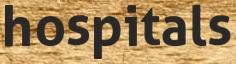
hospitals